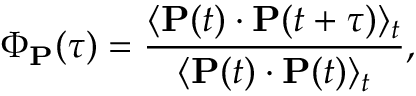
\Phi _ { \mathbf { P } } ( \tau ) = \frac { \langle \mathbf { P } ( t ) \cdot \mathbf { P } ( t + \tau ) \rangle _ { t } } { \langle \mathbf { P } ( t ) \cdot \mathbf { P } ( t ) \rangle _ { t } } ,